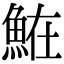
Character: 𩶦